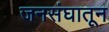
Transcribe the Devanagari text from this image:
जनसंघातून